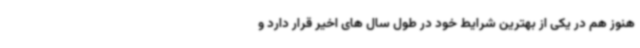
هنوز هم در یکی از بهترین شرایط خود در طول سال های اخیر قرار دارد و